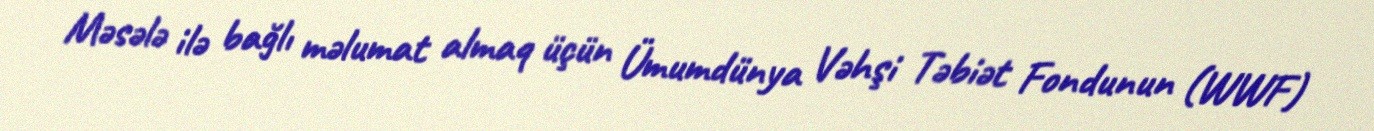
Məsələ ilə bağlı məlumat almaq üçün Ümumdünya Vəhşi Təbiət Fondunun (WWF)